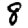
Digit: 8